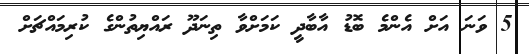
5 ވަނަ އަށް އެންމެ ބޮޑު އާބާދީ ކަމަށްވާ ތިނަދޫ ރައްޔިތުންގެ ކުރިމައްޗަށް